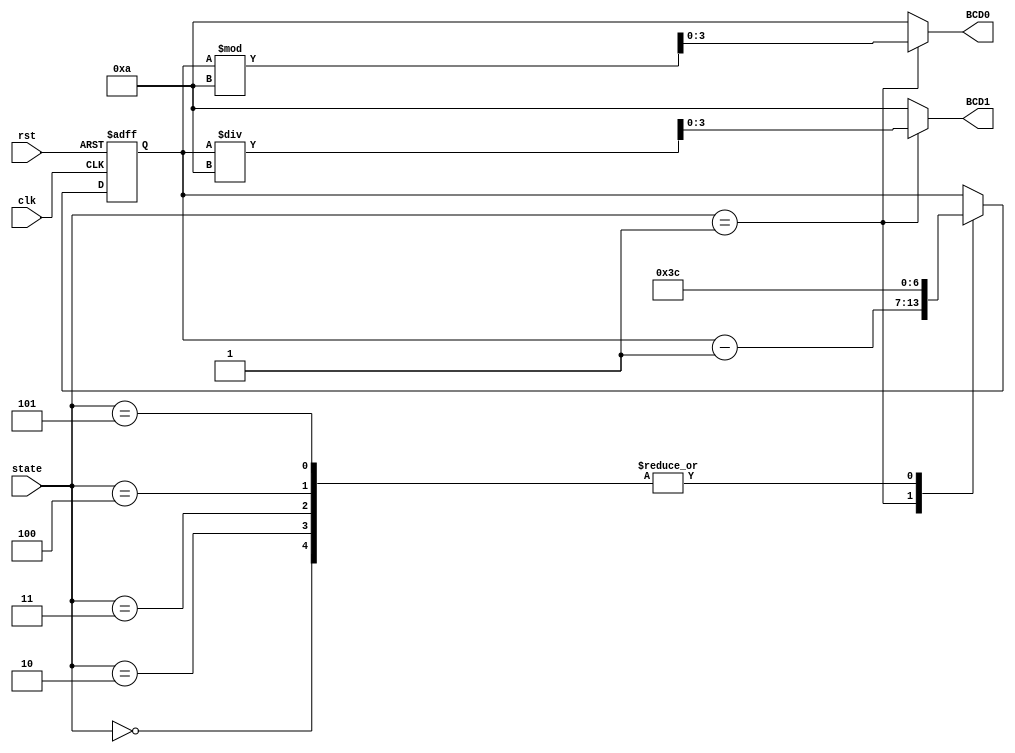
module Timer (
	input clk,
	input rst,
	input [2:0] state,
	output [3:0] BCD0,
	output [3:0] BCD1
);

parameter [2:0] MENU  = 3'b000;
parameter [2:0] GAME  = 3'b001;
parameter [2:0] P1WIN = 3'b010;
parameter [2:0] P2WIN = 3'b011;
parameter [2:0] TIE   = 3'b100;
parameter [2:0] PIONT = 3'b101;

parameter game_time = 60;

reg [6:0] timer, next_timer;

always @(posedge clk, posedge rst) begin
	if (rst) begin
		timer <= game_time;
	end else begin
		timer <= next_timer;
	end
end

always @(*) begin
	case (state)
		MENU:
			next_timer = game_time;
		GAME:
			next_timer = timer - 1;
		P1WIN:
			next_timer = game_time;
		P2WIN:
			next_timer = game_time;
		TIE:
			next_timer = game_time;
		PIONT:
			next_timer = game_time;
		default: 
			next_timer = timer;
	endcase
end

assign BCD0 = (state == GAME) ? timer % 10 : 10;
assign BCD1 = (state == GAME) ? timer / 10 : 10;

endmodule